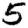
Digit: 5